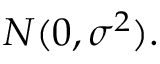
N ( 0 , \sigma ^ { 2 } ) .